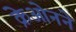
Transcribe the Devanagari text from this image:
क्रेओनने